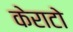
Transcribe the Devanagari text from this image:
केराटो